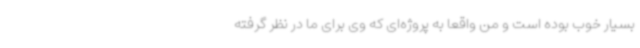
بسیار خوب بوده است و من واقعاً به پروژه‌ای که وی برای ما در نظر گرفته